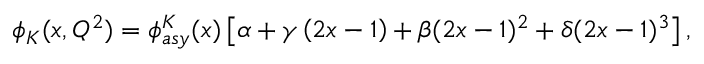
\phi _ { K } ( x , Q ^ { 2 } ) = \phi _ { a s y } ^ { K } ( x ) \left[ \alpha + \gamma \left( 2 x - 1 \right) + \beta ( 2 x - 1 ) ^ { 2 } + \delta ( 2 x - 1 ) ^ { 3 } \right] ,